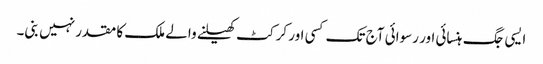
ایسی جگ ہنسائی اور رسوائی آج تک کسی اور کرکٹ کھیلنے والے ملک کا مقدر نہیں بنی۔